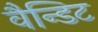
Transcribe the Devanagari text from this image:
वैन्डिट